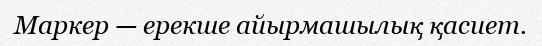
Маркер — ерекше айырмашылық қасиет.